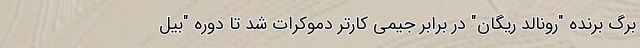
برگ برنده "رونالد ریگان" در برابر جیمی کارتر دموکرات شد تا دوره "بیل